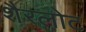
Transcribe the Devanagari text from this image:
शैरलोट